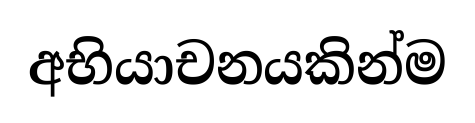
අභියාචනයකින්ම